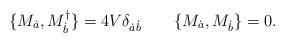
LaTeX: \begin{align*}\{M_{\dot a}, M_{\dot b}^\dagger\}=4V\delta_{\dot a\dot b}\qquad\{M_{\dot a}, M_{\dot b}\}=0.\end{align*}